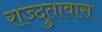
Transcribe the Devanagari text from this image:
राज्दुताबास